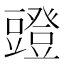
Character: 𧰐